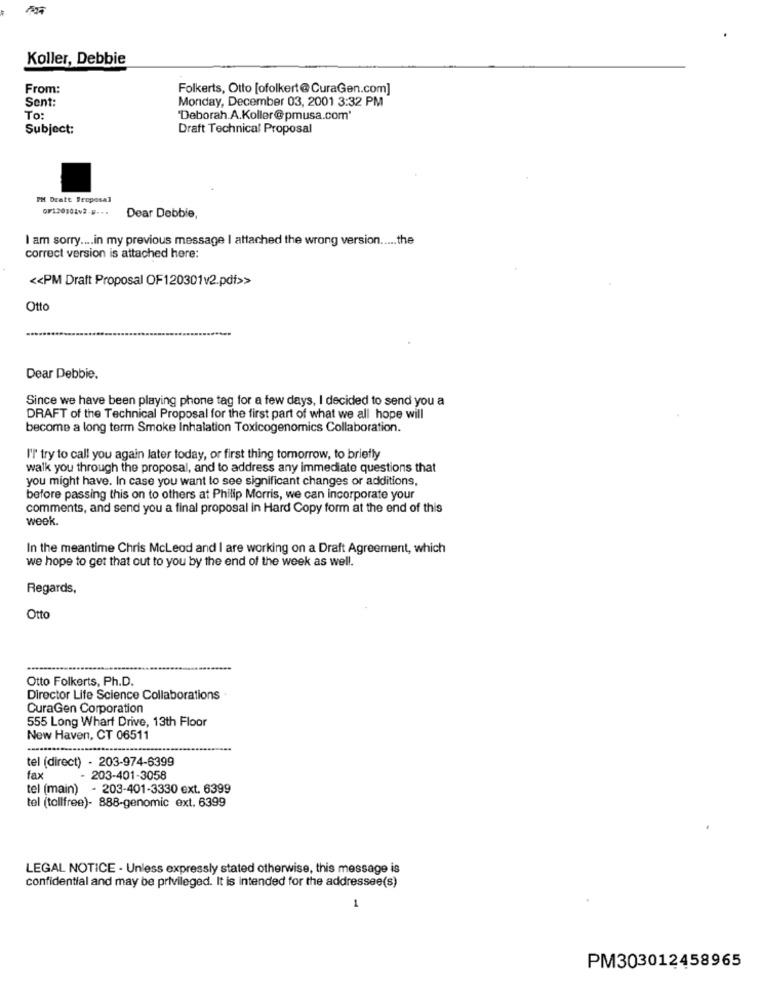
Koller, Debbie
From:
Folkerts, Otto [ofolkert@CuraGen.com]
Sent:
Monday, December 03, 2001 3:32 PM
To:
'Deborah.A.Koller@pmusa.com'
Subject:
Draft Technical Proposal
IM Dratt Proposal
QF120101v2.5 .. .
Dear Debbie,
I am sorry .... in my previous message | attached the wrong version ..... the
correct version is attached here:
<< PM Draft Proposal OF120301v2.pdf>>
Otto
Dear Debbie.
Since we have been playing phone tag for a few days, I decided to send you a
DRAFT of the Technical Proposal for the first part of what we all hope will
become a long term Smoke Inhalation Toxicogenomics Collaboration.
I'T try to call you again later today, or first thing tomorrow, to briefly
walk you through the proposal, and to address any immediate questions that
you might have. In case you want to see significant changes or additions,
before passing this on to others at Philip Morris, we can incorporate your
comments, and send you a final proposal in Hard Copy form at the end of this
wook.
In the meantime Chris McLeod and I are working on a Draft Agreement, which
we hope to get that out to you by the end of the week as well.
Regards,
Otto
Otto Folkerts, Ph.D.
Director Life Science Collaborations
CuraGen Corporation
555 Long Wharf Drive, 13th Floor
New Haven, CT 06511
tel (direct) - 203-974-6399
fax
- 203-401-3058
tel (main) - 203-401-3330 ext. 6399
tel (tollfree)- 888-genomic ext. 6399
LEGAL NOTICE - Unless expressly stated otherwise, this message is
confidential and may be privileged. It is intended for the addressee(s)
PM303012458965